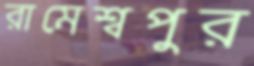
রামেশ্বপুর